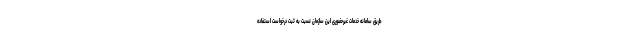
طریق سامانه خدمات غیرحضوری این سازمان نسبت به ثبت درخواست استفاده